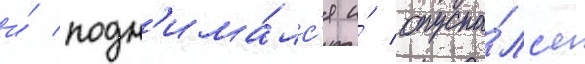
и́ подн'има́лс'я и́ опуска́лс'я